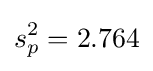
s_{p}^{2}=2.764